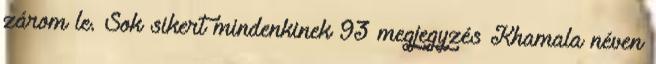
zárom le. Sok sikert mindenkinek 93 megjegyzés Khamala néven